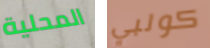
المحلية كولبي